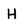
Character: H